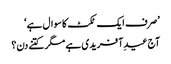
’صرف ایک ٹکٹ کا سوال ہے‘
آج عیدِ آفریدی ہے مگر کتنے دن؟